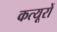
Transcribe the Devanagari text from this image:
कत्यूरों